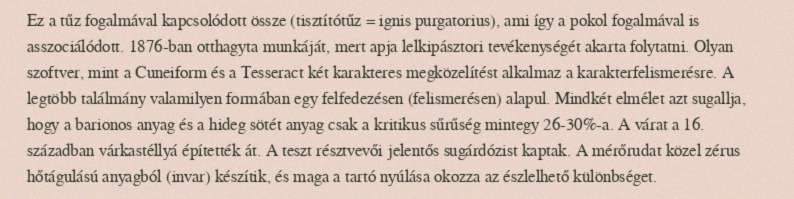
Ez a tűz fogalmával kapcsolódott össze (tisztítótűz = ignis purgatorius), ami így a pokol fogalmával is asszociálódott. 1876-ban otthagyta munkáját, mert apja lelkipásztori tevékenységét akarta folytatni. Olyan szoftver, mint a Cuneiform és a Tesseract két karakteres megközelítést alkalmaz a karakterfelismerésre. A legtöbb találmány valamilyen formában egy felfedezésen (felismerésen) alapul. Mindkét elmélet azt sugallja, hogy a barionos anyag és a hideg sötét anyag csak a kritikus sűrűség mintegy 26-30%-a. A várat a 16. században várkastéllyá építették át. A teszt résztvevői jelentős sugárdózist kaptak. A mérőrudat közel zérus hőtágulású anyagból (invar) készítik, és maga a tartó nyúlása okozza az észlelhető különbséget.